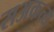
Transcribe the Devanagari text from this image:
सअकत्य